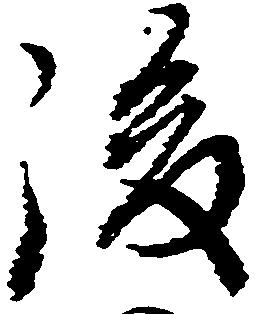
後